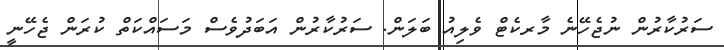
ސަރުކާރުން ނުޖެހޭނެ މާރކެޓް ވެލިއު ބަލަން. ސަރުކާރުން އަބަދުވެސް މަސައްކަތް ކުރަން ޖެހޭނީ